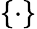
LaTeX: \{ \cdot\}